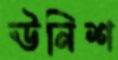
ঊনিশ